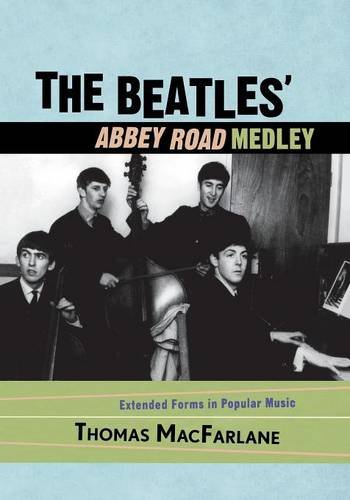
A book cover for The Beatles' Abbey Road Medley: Extended Forms in Popular Music; Thomas MacFarlane; Humor & Entertainment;